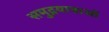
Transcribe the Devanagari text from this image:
समुद्रयात्राओं